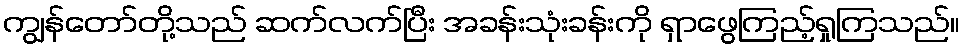
ကျွန်တော်တို့သည် ဆက်လက်ပြီး အခန်းသုံးခန်းကို ရှာဖွေကြည့်ရှုကြသည်။